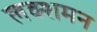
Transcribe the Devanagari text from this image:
लक्शमन